Vaccination in the Punjab 1905-1918 - 1905-1918
Year: 1905
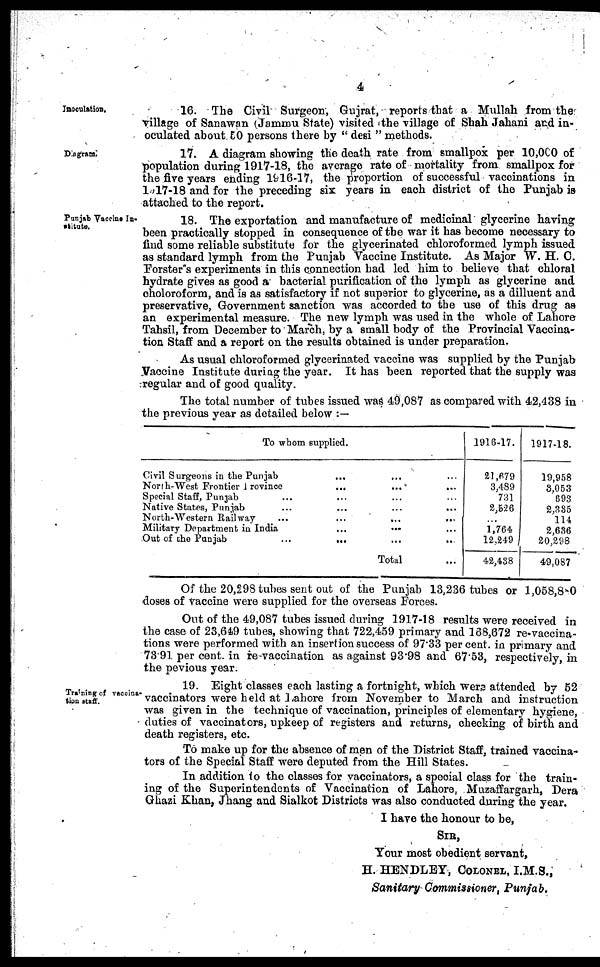
4
Inoculation.
16. The Civil Surgeon, Gujrat, reports that a Mullah from the
village of Sanawan (Janmu State) visited the village of Shah Jahani and in-
oculated about 50 persons there by " desi " methods.
Diagram.
17. A diagram showing the death rate from smallpox per 10,000 of
population during 1917-18, the average rate of mortality from smallpox for
the five years ending 1916-17, the proportion of successful vaccinations in
l917-18 and for the preceding six years in each district of the Punjab is
attached to the report.
Punjab Vaccine In¬
stitute.
18. The exportation and manufacture of medicinal glycerine having
been practically stopped in consequence of the war it has become necessary to
find some reliable substitute for the glycerinated chloroformed lymph issued
as standard lymph from the Punjab Vaccine Institute. As Major W. H. 0.
Forster's experiments in this connection had led him to believe that chloral
hydrate gives as good a bacterial purification of the lymph as glycerine and
choloroform, and is as satisfactory if not superior to glycerine, as a dilluent and
preservative, Government sanction was accorded to the use of this drug as
an experimental measure. The new lymph was used in the whole of Lahore
Tahsil, from December to March, by a small body of the Provincial Vaccina-
tion Staff and a report on the results obtained is under preparation.
As usual chloroformed glycerinated vaccine was supplied by the Punjab
Vaccine Institute during the year. It has been reported that the supply was
regular and of good quality.
The total number of tubes issued was 49,087 as compared with 42,438 in
the previous year as detailed below :—
To Whom supplied.
Civil Surgeons in the Punjab ... ...
North-West Frontier Province
...
... ...
Special Staff, Punjab
... ... ... ...
Native States, Punjab ... ... ... ...
North-Western Railway
...
...
...
...
Military Department in India
...
... ...
Out of the Punjab
...
...
...
...
Total
1916-17.
21,679
3,489
731
2,526
...
1,764
12,249
42,438
1917-18.
19,958
3,053
693
2,335
114
2,686
20,298
49,087
Of the 20,298 tubes sent out of the Punjab 13,236 tubes or 1,058,880
doses of vaccine were supplied for the overseas Forces.
Out of the 49,087 tubes issued during 1917-18 results were received in
the case of 23,649 tubes, showing that 722,459 primary and 168,672 re-vaccina-
tions were performed with an insertion success of 97.33 per cent., in primary and
73.91 per cent. in re-vaccination as against 93.98 and 67.53, respectively, in
the pevious year.
Training of vaccina¬
tion staff.
19. Eight classes each lasting a fortnight, which were attended by 52
vaccinators were held at Lahore from November to March and instruction
was given in the technique of vaccination, principles of elementary hygiene,
duties of vaccinators, upkeep of registers and returns, checking of birth and
death registers, etc.
To make up for the absence of men of the District Staff, trained vaccina-
tors of the Special Staff were deputed from the Hill States.
In addition to the classes for vaccinators, a special class for the train-
ing of the Superintendents of Vaccination of Lahore, Muzaffargarh, Dera
Ghazi Khan, Jhang and Sialkot Districts was also conducted during the year.
I have the honour to be,
SIR,
Your most obedient servant,
H. HENDLEY, COLONEL, I.M.S.,
Sanitary Commissioner, Punjab.